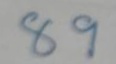
89